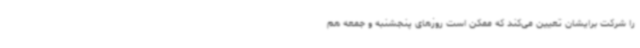
را شرکت برایشان تعیین می‌کند که ممکن است روزهای پنجشنبه و جمعه هم